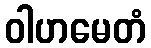
ဝါဟမေတံ